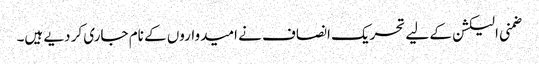
ضمنی الیکشن کے لیے تحریک انصاف نے امیدواروں کے نام جاری کر دیے ہیں۔